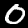
Label: 0